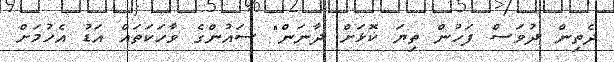
ދެތިން ދުވަސް ފަހުން ތިޔަ ކޮޅަށް ދާނަން" ސައުންގެ ވާހަކަތައް އަޑު އެހުމަށް